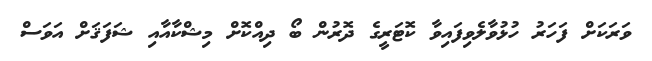
ވަރަކަށް ފަހަރު ހުޅުވާލެވިފައިވާ ކޮޓަރީގެ ދޮރުން ބޯ ދިއްކޮށް މިޝްކާއާއި ޝަފަޤަށް އަވަސް